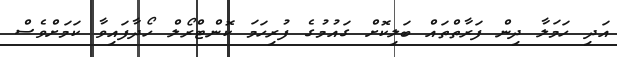
އަދި ހަމަލާ ދިން ފަރާތްތައް ބަލިކޮށް ގައުމުގެ ފުރިހަމަ ކޮންޓްރޯލް ހޯދާފައިވާ ކަމަށްވެސް